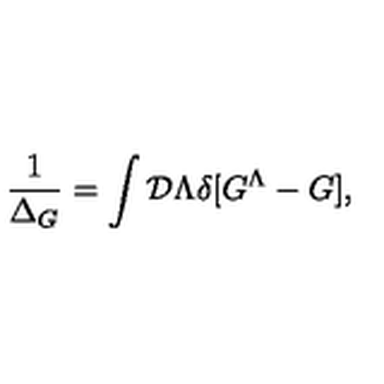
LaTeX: { \frac { 1 } { \Delta _ { G } } } = \int { \cal D } \Lambda \delta [ G ^ { \Lambda } - G ] ,